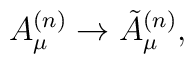
A_{\mu}^{(n)}\rightarrow\tilde{A}_{\mu}^{(n)},